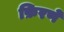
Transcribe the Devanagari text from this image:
फ़िरणे